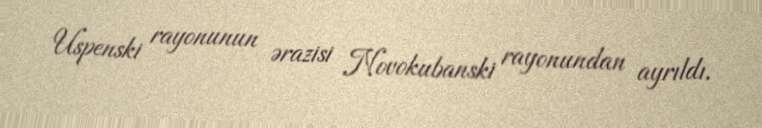
Uspenski rayonunun ərazisi Novokubanski rayonundan ayrıldı.